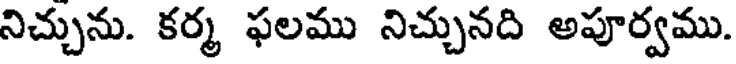
నిచ్చును. కర్మ ఫలము నిచ్చునది అపూర్వము.